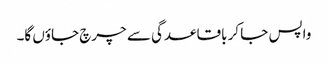
واپس جا کر باقاعدگی سے چرچ جاؤں گا۔